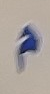
م